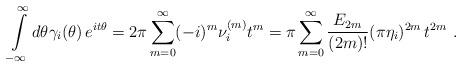
LaTeX: \begin{align*}\int\limits_{-\infty }^{\infty }d\theta \gamma _{i}(\theta )\,e^{it\theta}=2\pi \sum\limits_{m=0}^{\infty }(-i)^{m}\nu _{i}^{(m)}t^{m}=\pi\sum\limits_{m=0}^{\infty }\frac{E_{2m}}{(2m)!}(\pi \eta_{i})^{2m}\,t^{2m}\,\,. \end{align*}